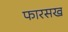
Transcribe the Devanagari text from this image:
फारसख